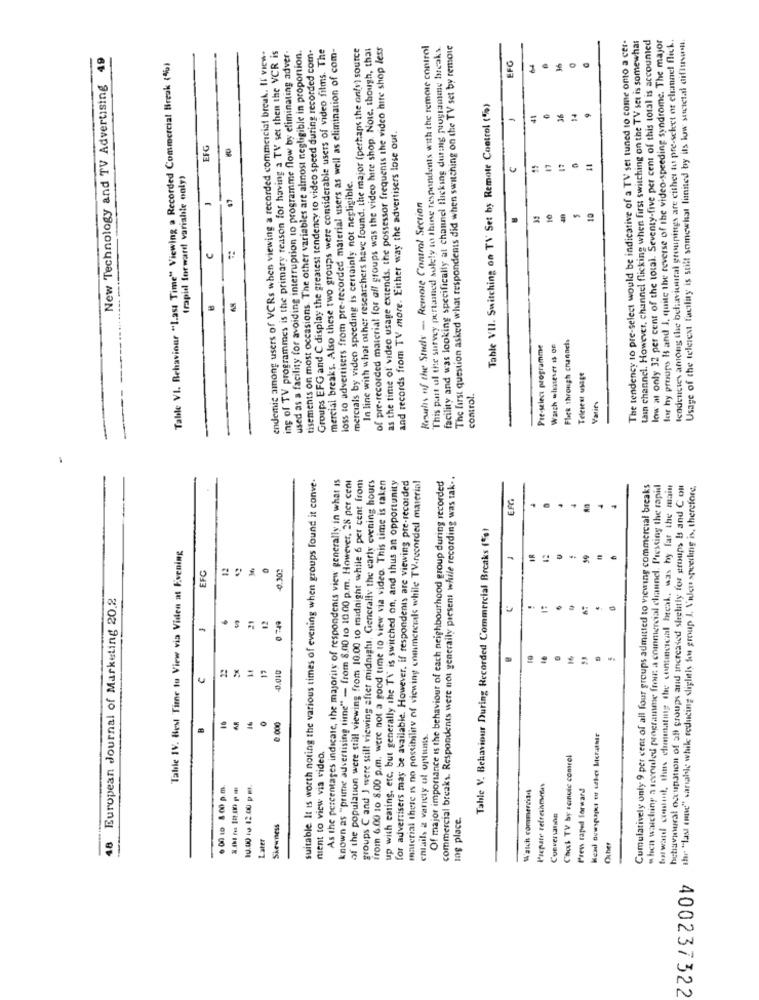
tain channel. However, channel flicking when first switching on the TV set is somewhat
low at only 32 per cent of the total. Seventy-five per cent of this total is accounted
for hy preups It and I, quite the reverse of the video-speeding syndrome. The major
tendencies among the behavioural groupings are either to pre-seket ot clumnel flick.
endemic among users of VCRs when viewing a recorded commercial break. Il view-
used as a facility for avoiding interruption to programme flow by eliminating adver-
tisements on most occasions. The other variables are almost negligible in proportion.
Groups EFG and C display the greatest tendency to video speed during recorded com-
mercial breaks. Also these two groups were considerable users of video films. The
loss to advertisers from pre-recorded material users as well as elimination of com-
In line with what other researchers have found, the major (perhaps the only) source
of pre-recorded material for all groups was the video hire shop. Nole, though, that
as the time of video usage extends. the possessor frequenis the video hite shop less
This part ul the survey pertained solely to those respondents with the remote control
facility and was looking specifically at channel flicking during programme breaks.
The first question asked what respondents did when switching on the TV set by remote
The tendency to pre-select would be indicative of a TV set tuned to come omo a cer-
Usage of the teletext facility is still somewhat limited by ils low societal diflusus.
New Technology and TV Advertising 49
ing of TV programmes is the primary reason for having a TV set then the VCR is
EFG
Table VI. Behaviour "Last Time" Viewing a Recorded Commercial Break (%)
Table VII. Switching on TV Set by Remote Control (%)
14
and records from TV more. Either way the advertisers lose out.
-
=
EFG
(rapid forward variable only)
mercials by video speeding is certainly not negligible.
$7
Kruis of the Sinds - Remote Control Section
c
-------
Flick through channels
Pre-select programme
Wasch whatever is OF
Teleiest usage
control.
Varie
suitable. It is worth noting the various times of evening when groups found it conve.
As the percentages indicate, the majority of respondents view generally in what is
known as "prime advertising time" - from 8.00 to 10.00 p.m. However, 28 per cent
of the population were still viewing from 10.00 to midnight while 6 per cent from
groups C and J were still viewing after midnight. Generally the early evening hours
from 6.00 10 8.00 p.m. were not a good time to view via video. This time is taken
up with eating, etc, but generally the TV is switched on, and thus an opportunity
for advertisers may be available. However, if respondents are viewing pre-recorded
material there is no possibility of viewing enumereuks while TV.recorded material
Of major importance is the behaviour of each neighbourhood group during recorded
commercial breaks. Respondents were not generally present while recording was tak ..
Cumulatively only 9 per cent of all four groups admitted to viewing commercial breaks
when wasching a seeraded programme from a commercial channel. Pressing the rapid
forward content, thus eliminating the conincscial break, was by far the main
behaviourat occupation of all groups and increased sheltly for groups Is and C ou
shr "last (nad" variable while reducing slightly tous group I, Vulou speeding is, therefore,
EFG
Tahle V. Behaviour During Recorded Commercial Breaks (%)
Table IV. Best Time to View via Videa at Evening
EFC
-0.302
European Journal of Marketing 20.2
0 749
-0.010
C
0
0 000
entail, a variety of optiuns.
ment to view via video.
Chak TV by sanule control
10.00 10 12.00 p. m.
Watch commercials
Picpate refreshments
Prens taped forward
10g place.
Conversation
Skewness
48
Later
Other
400237322